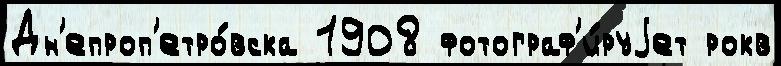
Дн'епроп'етро́вска 1908 фотограф'и́руjет рокв